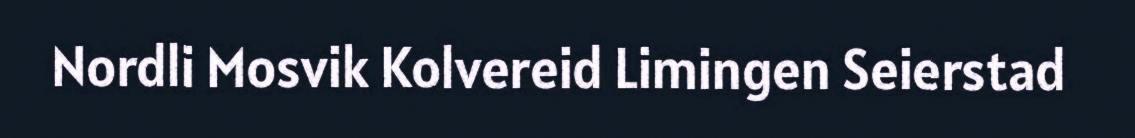
Nordli Mosvik Kolvereid Limingen Seierstad